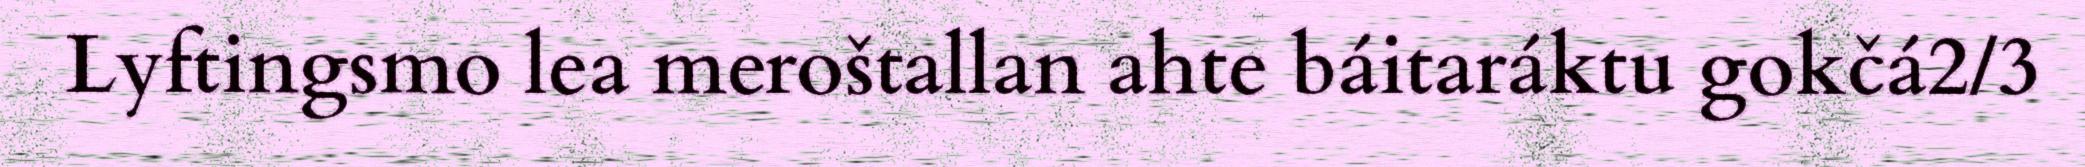
Lyftingsmo lea meroštallan ahte báitaráktu gokčá2/3